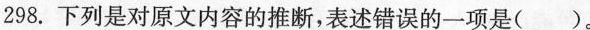
298.下列是对原文内容的推断，表述错误的一项是()。